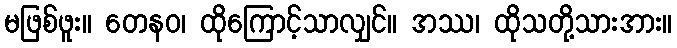
မဖြစ်ဖူး။ တေနဝ၊ ထိုကြောင့်သာလျှင်။ အဿ၊ ထိုသတို့သားအား။